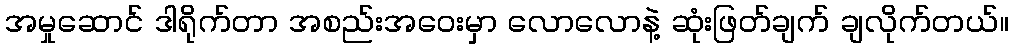
အမှုဆောင် ဒါရိုက်တာ အစည်းအဝေးမှာ လောလောနဲ့ ဆုံးဖြတ်ချက် ချလိုက်တယ်။